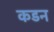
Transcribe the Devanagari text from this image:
कडन